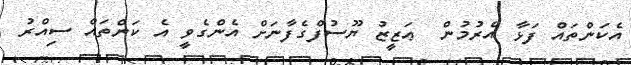
އެކަންތައް ފަޅާ އެރުމުން  ޢަޒީޒު ޔޫސުފްގެފާނަށް އެންގެވީ އެ ކަންތައް ސިއްރު